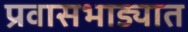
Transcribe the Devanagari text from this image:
प्रवासभाड्यात